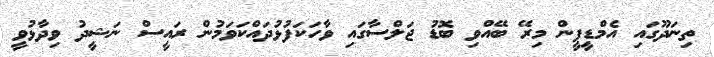
ތިނަދޫގައި އެމްޑީޕީން މިރޭ ބޭއްވި ބޮޑު ޖަލްސާގައި ވާހަކަފުޅުދައްކަވަމުން ރައީސް ނަޝީދު ވިދާޅުވީ